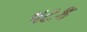
ષટક